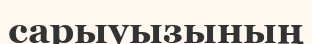
сарыуызының